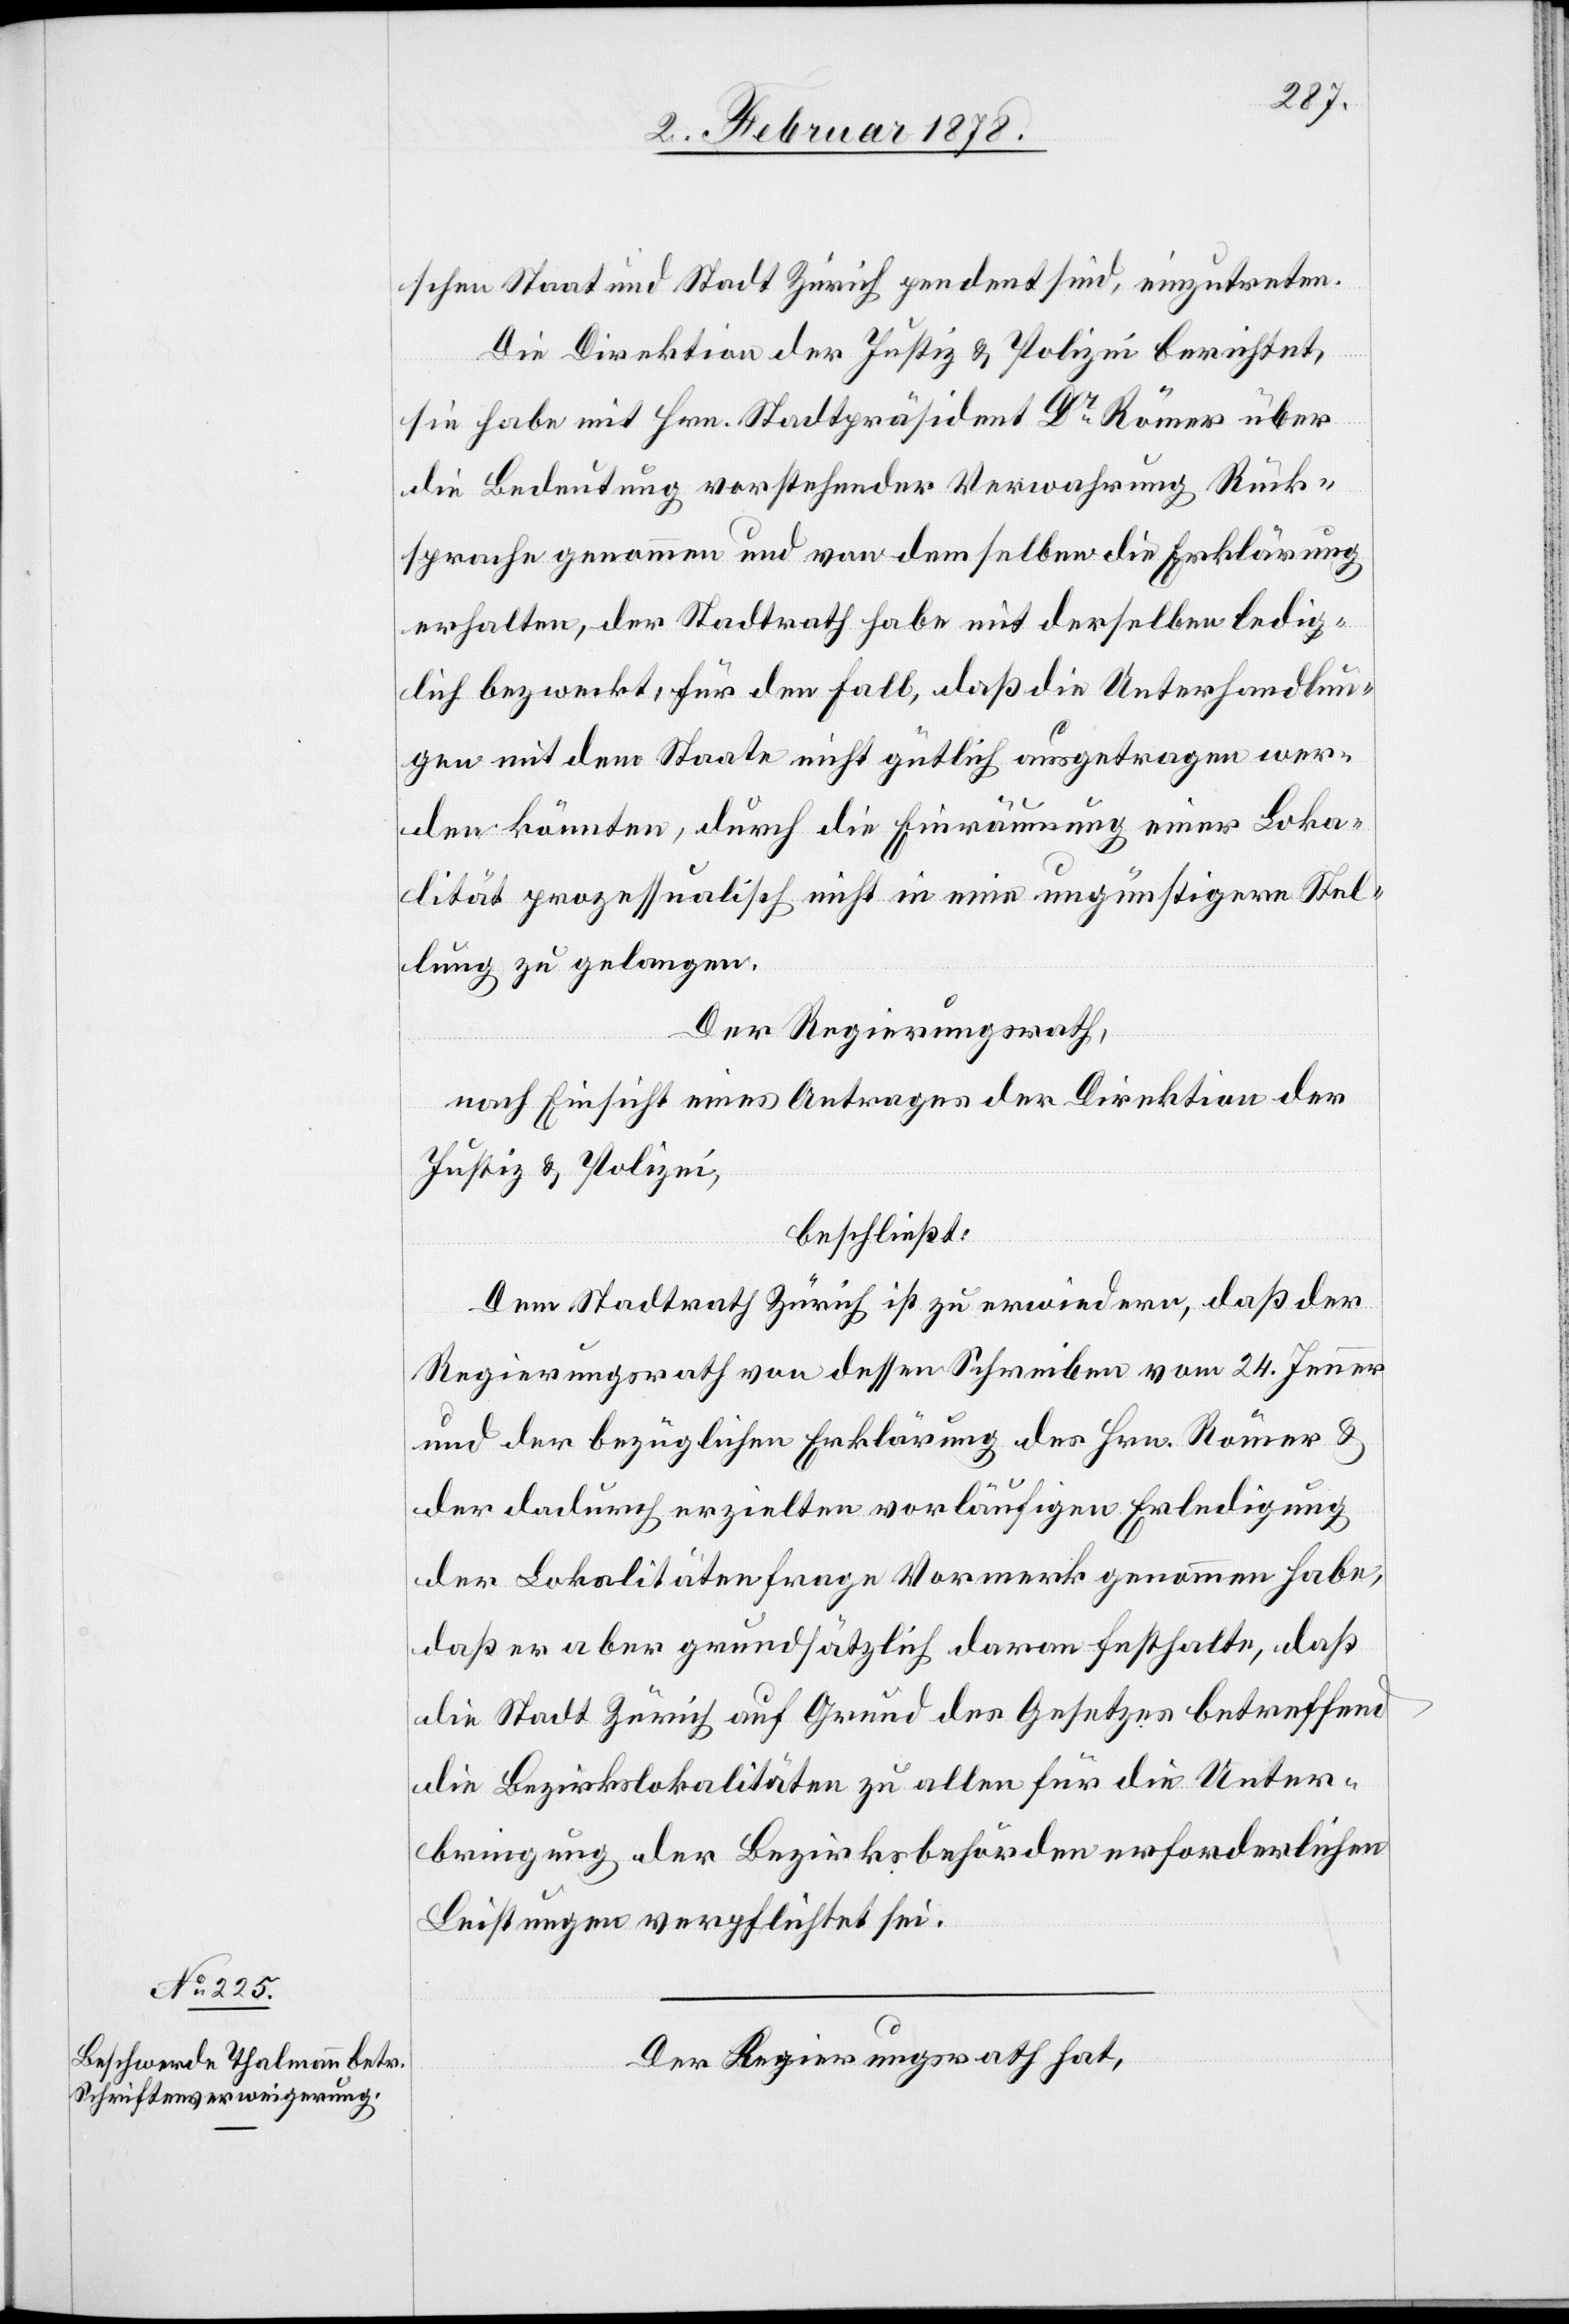
schen Staat und Stadt Zürich pendent sind, einzutreten.
Die Direktion der Justiz & Polizei berichtet,
sie habe mit Hrn. Stadtpräsident Dr. Römer über
die Bedeutung vorstehender Verwahrung Rück¬
sprache genommen und von demselben die Erklärung
erhalten, der Stadtrath habe mit derselben ledig¬
lich bezweckt, für den Fall, daß die Unterhandlun¬
gen mit dem Staate nicht gütlich ausgetragen wer¬
den könnten, durch die Einräumung einer Loka¬
lität prozessualisch nicht in eine ungünstigere Stel¬
lung zu gelangen.
Der Regierungsrath,
nach Einsicht eines Antrages der Direktion der
Justiz & Polizei,
beschließt:
Dem Stadtrath Zürich ist zu erwiedern, daß der
Regierungsrath von dessen Schreiben vom 24. Jenner
und der bezüglichen Erklärung des Hrn. Römer &
der dadurch erzielten vorläufigen Erledigung
der Lokalitätenfrage Vormerk genommen habe,
daß er aber grundsätzlich daran festhalte, daß
die Stadt Zürich auf Grund des Gesetzes betreffend
die Bezirkslokalitäten zu allen für die Unter¬
bringung der Bezirksbehörden erforderlichen
Leistungen verpflichtet sei.
Der Regierungsrath hat,